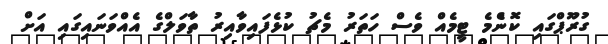
ގުރޫޕްގައި ކޮންެމެ ޓީމެއް ވެސް ހަތަރު މެޗު ކުޅެފައިވާއިރު ތާވަލްގެ އެއްވަނައިގައި އަށް